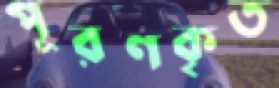
পূরণকৃত